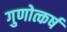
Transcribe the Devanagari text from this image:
गुणोत्कर्ष